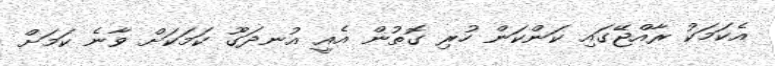
އެކަމަކު ރާއްޖޭގައި ކަންކަން ހުރި ގޮތުން އެއީ އުނދަގޫ ކަމަކަށް ވާނެ ކަމަށް